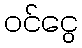
ဝင်ငွေ